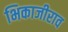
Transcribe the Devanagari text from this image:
भिकाजीराव